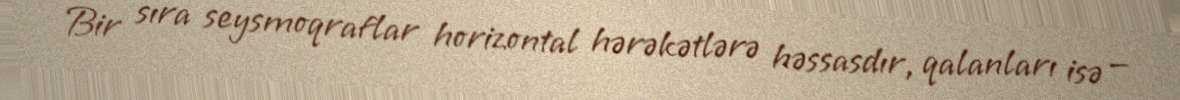
Bir sıra seysmoqraflar horizontal hərəkətlərə həssasdır, qalanları isə —